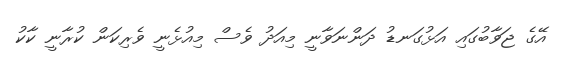
އޭގެ ޖަވާބުގައި އަޅުގަނޑު ދަންނަވާނީ މިއަދު ވެސް މިއުޅެނީ ވެރިކަން ކުރާނީ ކާކު